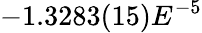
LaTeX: -1.3283(15)E^{-5}